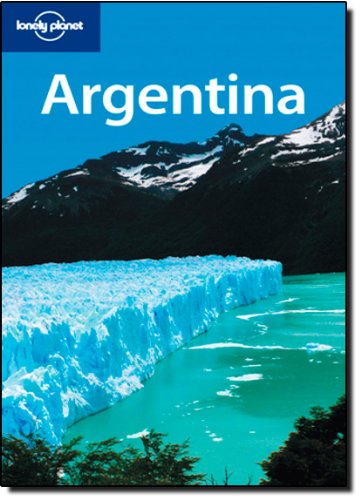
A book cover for Lonely Planet Argentina (Country Guide); Danny Palmerlee; Travel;